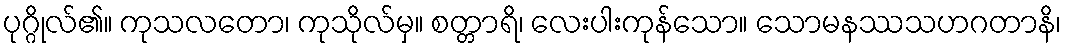
ပုဂ္ဂိုလ်၏။ ကုသလတော၊ ကုသိုလ်မှ။ စတ္တာရိ၊ လေးပါးကုန်သော။ သောမနဿသဟဂတာနိ၊